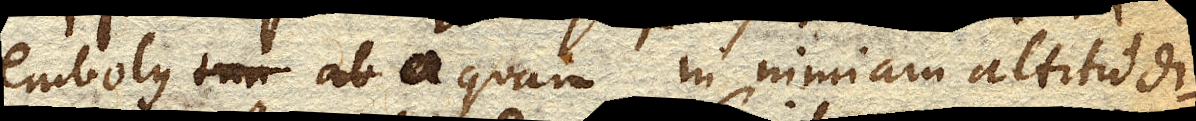
embolus aquam in minimam altitudi–